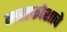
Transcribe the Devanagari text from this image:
महाकोशाचे